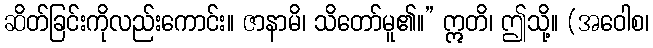
ဆိတ်ခြင်းကိုလည်းကောင်း။ ဇာနာမိ၊ သိတော်မူ၏။” ဣတိ၊ ဤသို့။ (အဝေါစ၊